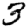
Digit: 3